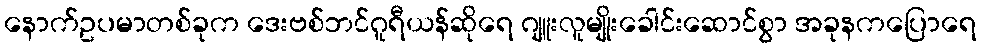
နောက်ဥပမာတစ်ခုက ဒေးဗစ်ဘင်ဂူရီယန်ဆိုရေ ဂျူးလူမျိုးခေါင်းဆောင်စွာ အခုနကပြောရေ